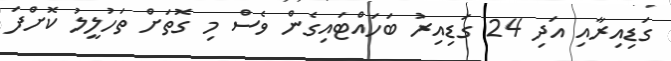
ގަޑިއިރާއި އަދި 24 ގަޑިއިރު ބަހައްޓައިގެން ވެސް މި ގޮތަށް ތަހުލީލު ކޮށްފަ